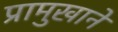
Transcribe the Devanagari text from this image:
प्रामुखाने